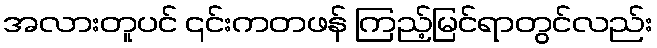
အလားတူပင် ၎င်းကတဖန် ကြည့်မြင်ရာတွင်လည်း